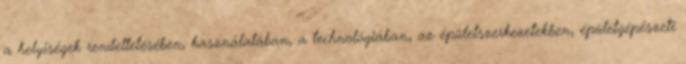
a helyiségek rendeltetésében, használatában, a technológiában, az épületszerkezetekben, épületgépészeti